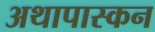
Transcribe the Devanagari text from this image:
अथापास्कन